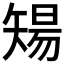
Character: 𥏫